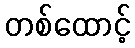
တစ်ထောင့်